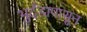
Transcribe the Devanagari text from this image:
भुर्दंडापासून